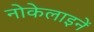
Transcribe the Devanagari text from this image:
नोकेलाइनें